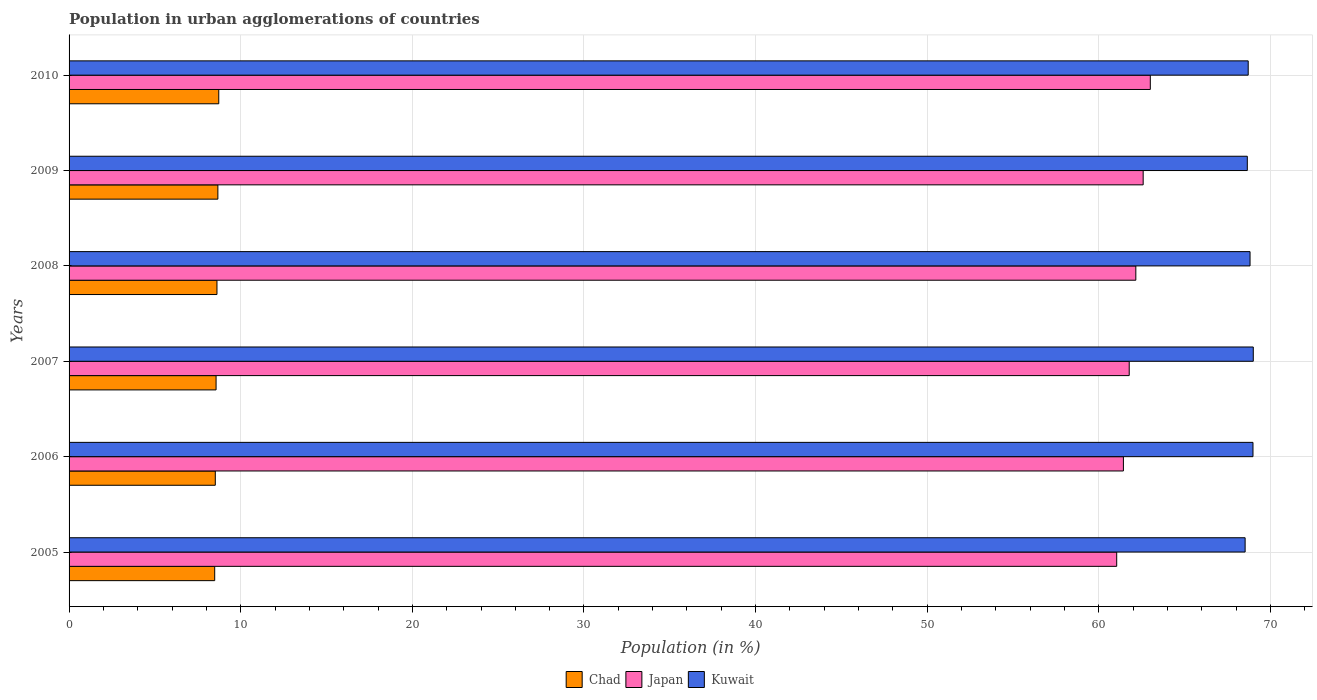
| Years | Chad | Japan | Kuwait |
 | --- | --- | --- | --- |
 | 2005 | 8.48 | 61 | 68.5 |
 | 2006 | 8.52 | 61.4 | 69 |
 | 2007 | 8.57 | 61.8 | 69 |
 | 2008 | 8.62 | 62.2 | 68.8 |
 | 2009 | 8.67 | 62.6 | 68.6 |
 | 2010 | 8.72 | 63 | 68.7 |